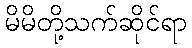
မိမိတို့သက်ဆိုင်ရာ